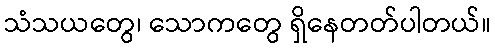
သံသယတွေ၊ သောကတွေ ရှိနေတတ်ပါတယ်။